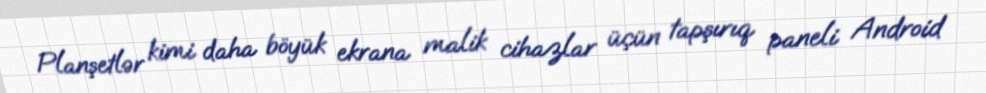
Planşetlər kimi daha böyük ekrana malik cihazlar üçün tapşırıq paneli Android